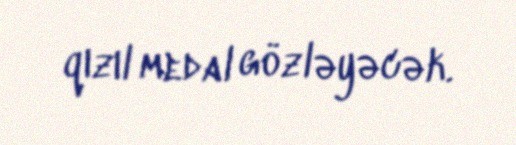
qızıl medal gözləyəcək.